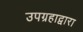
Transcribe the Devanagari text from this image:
उपग्रहाद्वारा